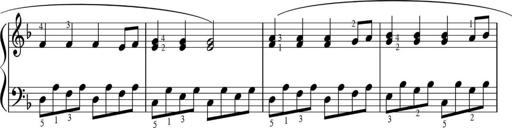
Title: Sonatinas
Composer: Andrew Violette